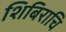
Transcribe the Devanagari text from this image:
शिबिराचि